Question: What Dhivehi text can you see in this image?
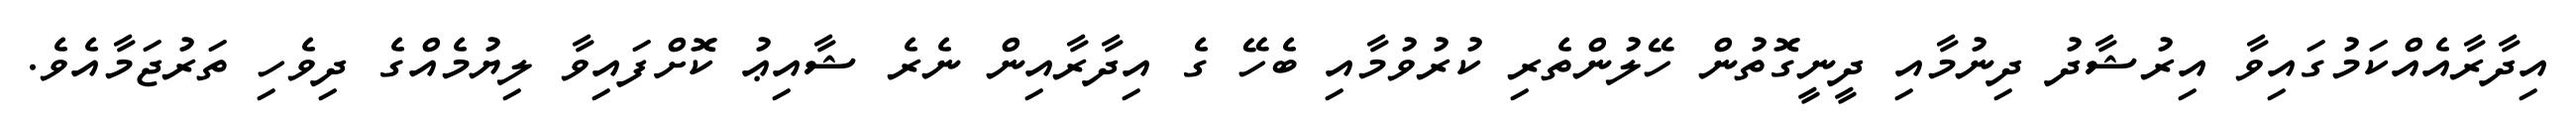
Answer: އިދާރާއެއްކަމުގައިވާ އިރުޝާދު ދިނުމާއި ދީނީގޮތުން ހޭލުންތެރި ކުރުވުމާއި ބެހޭ ގެ އިދާރާއިން ނެރެ ޝާއިޢު ކޮށްފައިވާ ލިޔުމެއްގެ ދިވެހި ތަރުޖަމާއެވެ.